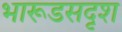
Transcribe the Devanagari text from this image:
भारूडसदृश